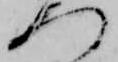
つ